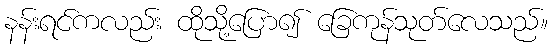
နန်းရင်ကလည်း ထိုသို့ပြော၍ ခြေကုန်သုတ်လေသည်။